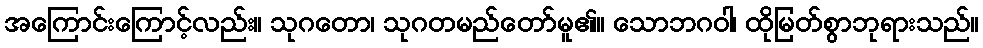
အကြောင်းကြောင့်လည်း။ သုဂတော၊ သုဂတမည်တော်မူ၏။ သောဘဂဝါ၊ ထိုမြတ်စွာဘုရားသည်။